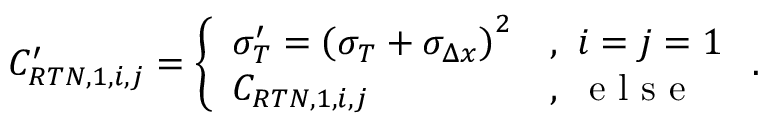
C _ { R T N , 1 , { i , j } } ^ { \prime } = \left\{ \begin{array} { l l } { \sigma _ { T } ^ { \prime } = \left( \sigma _ { T } + \sigma _ { \Delta x } \right) ^ { 2 } } & { , \ i = j = 1 } \\ { C _ { R T N , 1 , { i , j } } } & { , \ \mathrm { ~ e ~ l ~ s ~ e ~ } } \end{array} \right. .